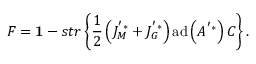
F = { { \bf 1 } } - s t r \left\{ \frac { 1 } { 2 } \left( J _ { M } ^ { ' * } + J _ { G } ^ { ' * } \right) \mathrm { a d } \left( A ^ { ' * } \right) C \right\} .